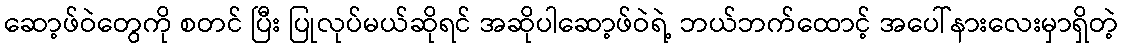
ဆော့ဖ်ဝဲတွေကို စတင် ပြီး ပြုလုပ်မယ်ဆိုရင် အဆိုပါဆော့ဖ်ဝဲရဲ့ ဘယ်ဘက်ထောင့် အပေါ်နားလေးမှာရှိတဲ့